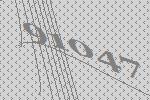
91047